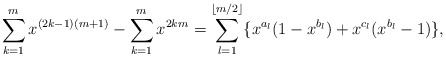
\begin{align*}\sum\limits_{k = 1}^m x^{( 2k - 1)( m + 1)} - \sum\limits_{k = 1}^m x^{2km} = \sum_{l=1}^{\lfloor m/2 \rfloor} \{x^{a_l}(1-x^{b_l}) +x^{c_l}(x^{b_l} -1)\}, \end{align*}